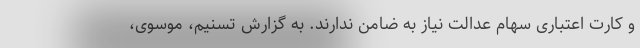
و کارت اعتباری سهام عدالت نیاز به ضامن ندارند. به گزارش تسنیم، موسوی،